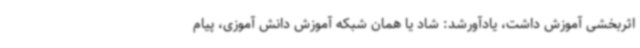
اثربخشی آموزش داشت، یادآورشد: شاد یا همان شبکه آموزش دانش آموزی، پیام